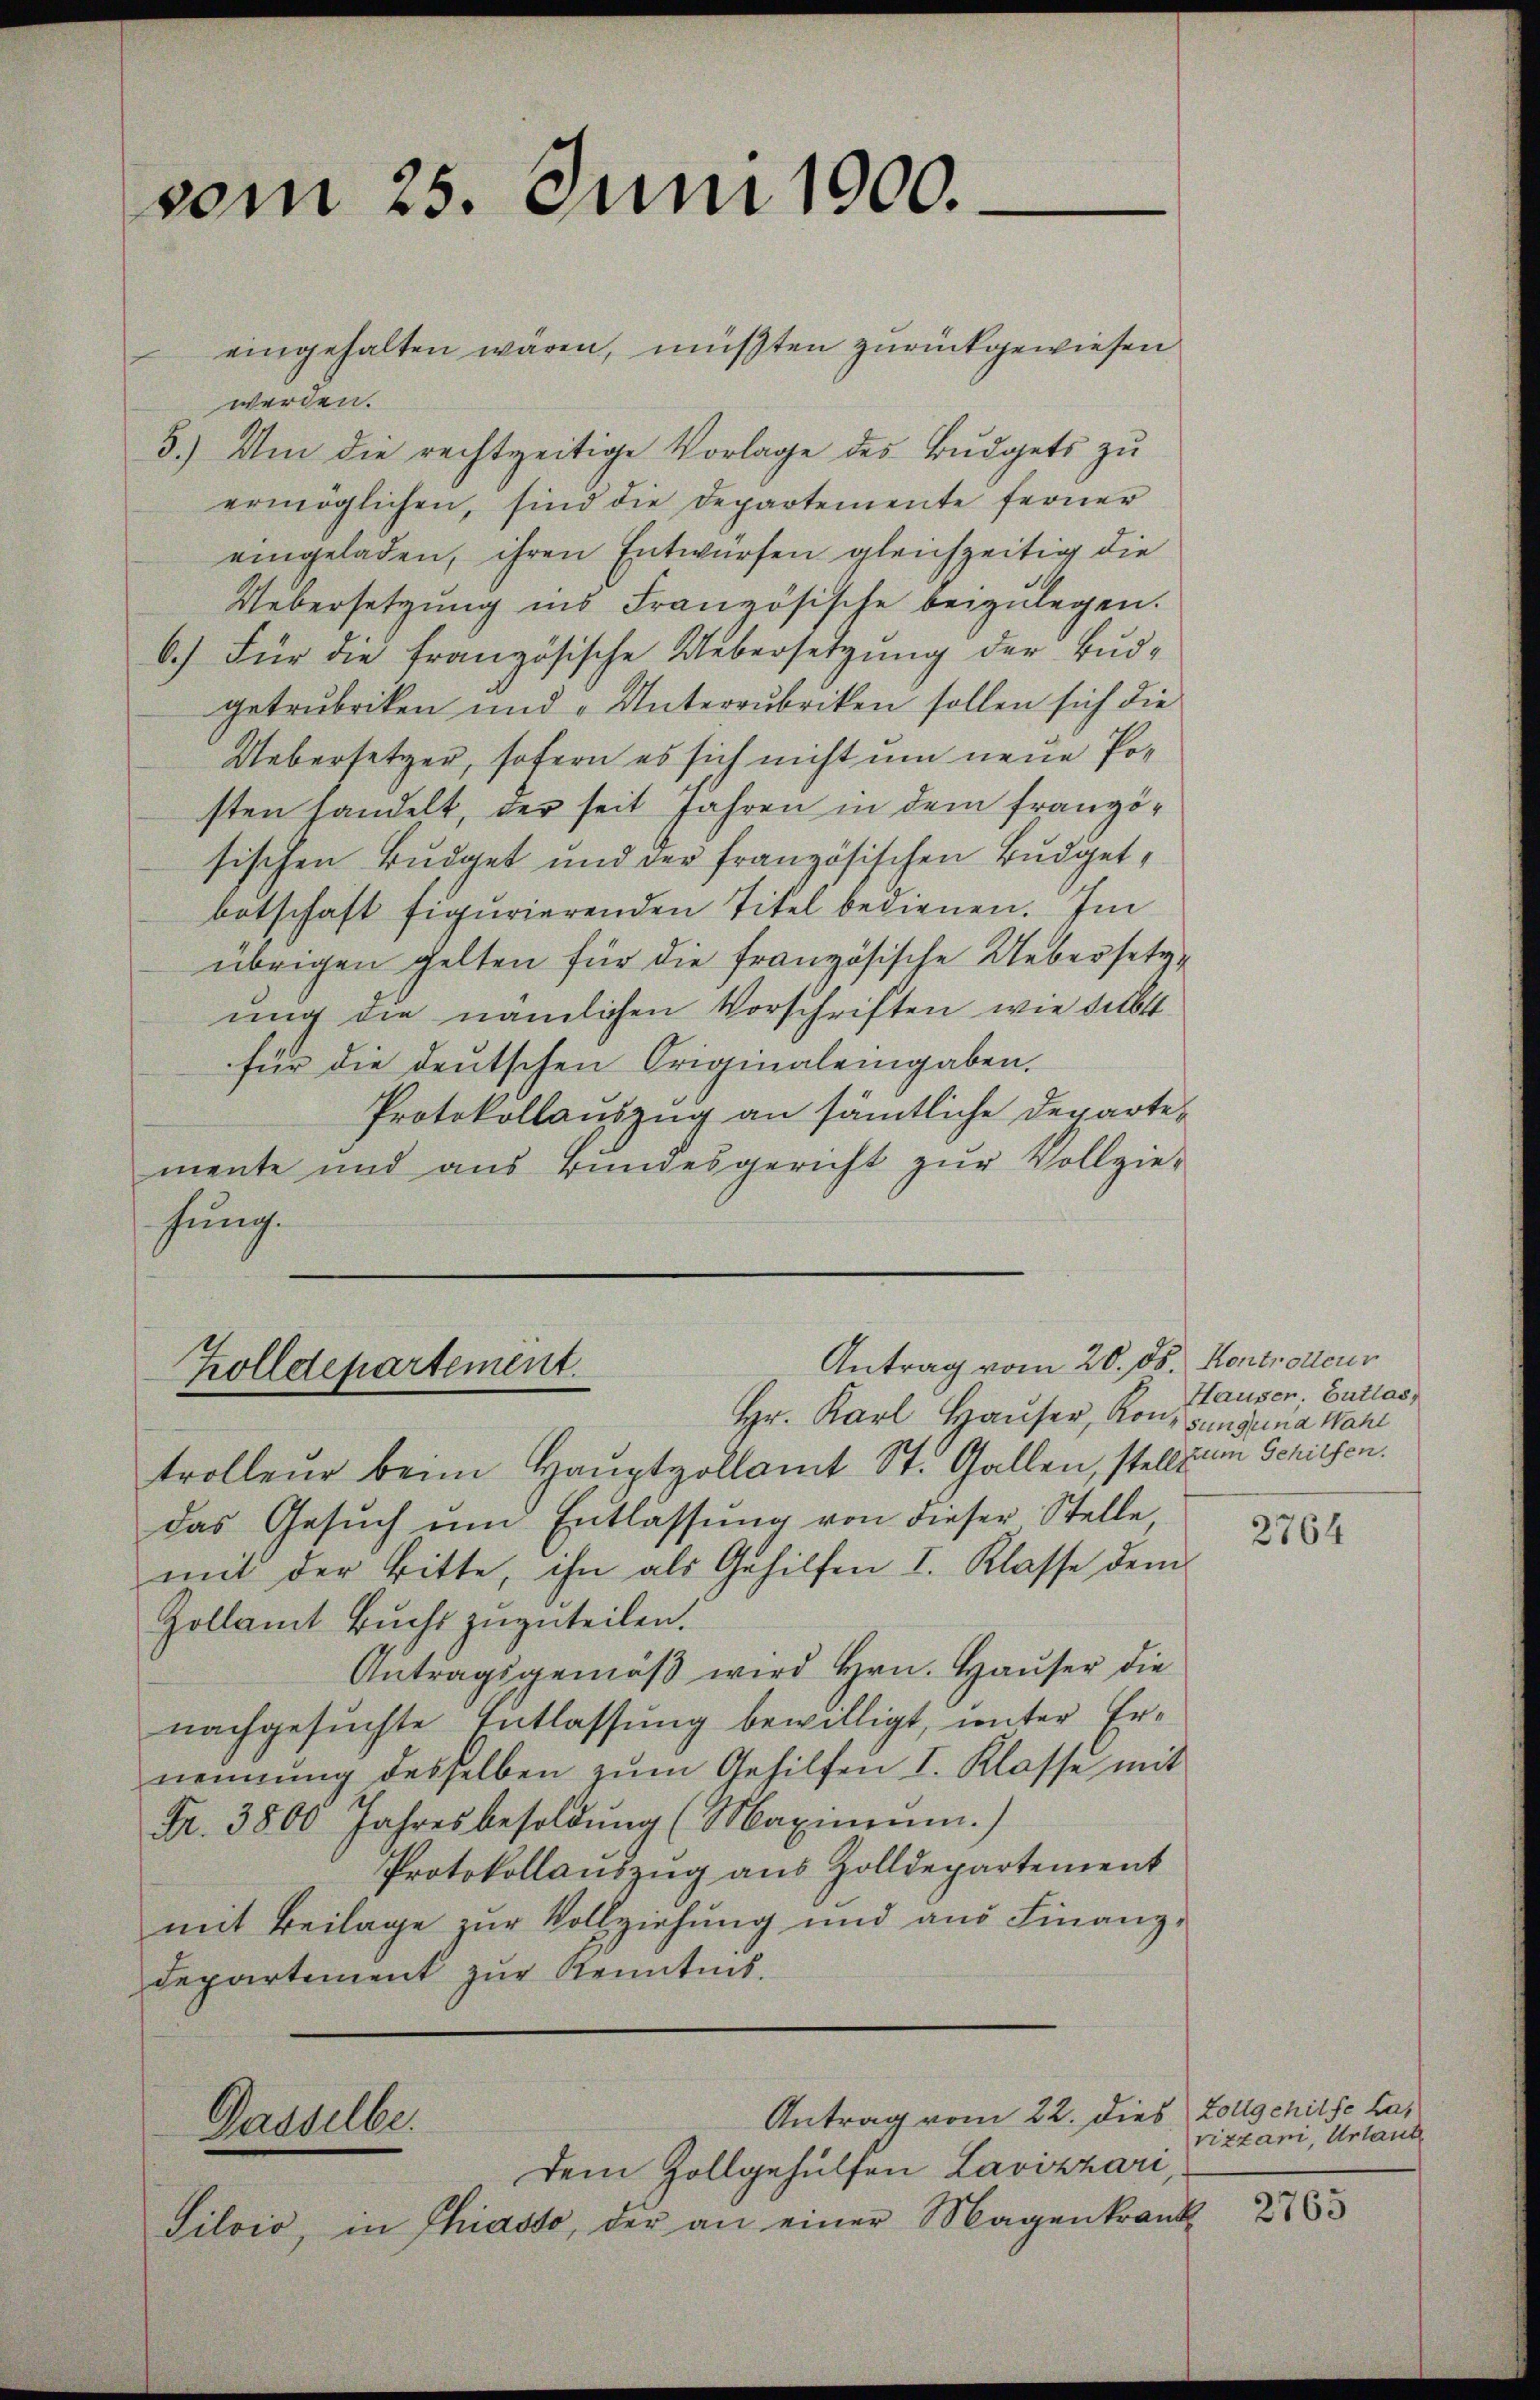
vom 25. Juni 1900.

eingehalten wären, müßten zurückgewiesen
werden.
5.) Um die rechtzeitige Vorlage des Budgets zu
ermöglichen, sind die Departemente ferner
eingeladen, ihren Entwürfen gleichzeitig die
Uebersetzung ins Französische beizulegen.
6.) Für die französische Uebersetzung der Budgetrubriken und „Unterrubriken sollen sich die
Uebersetzer, sofern es sich nicht um neue Posten handelt, der seit Jahren in dem französischen Budget und der französischen Budgetbotschaft figurierenden Titel bedienen. Im
übrigen gelten für die französische Uebersetzung die nämlichen Vorschriften, wie selbst
für die deutschen Originaleingaben.
Protokollauszug an sämtliche Departemente und aus Bundesgericht zur Vollziehung.

Antrag vom 20. ds. Kontroleur
Tolldepartement.

Hr. Karl Hauser, Kon- Junguna Wahl
trolleur beim Hauptvollamt St. Gallen, stellt um Schilsen.
das Gesŭch ŭm Entlassŭng von dieser Stelle
mit der Bitte, ihn als Gehilfen I. Klasse dem
Zollamt Buchs zuzuteilen.
Antragsgemäβ wird Hrn. Hauser die
nachgesuchte Entlassung bewilligt, unter Ernennung desselben zŭm Gehilfen I. Klasse mit
Fr. 3800 Jahresbesoldŭng (Maximum.)
Protokollauszug aus Zolldepartement
mit Beilage zur Vollziehung und aus Finanz-
Departement zur Kenntnis.

Antrag vom 22. dies Zollgehilfe has
Gasselbe.

Dem Zollgehülfen Lavizzari,
Silvio, in Chiasso, der an einer Magenkrank-

Hauser, Entlas¬

2764

rizzari, Urlaut

2765